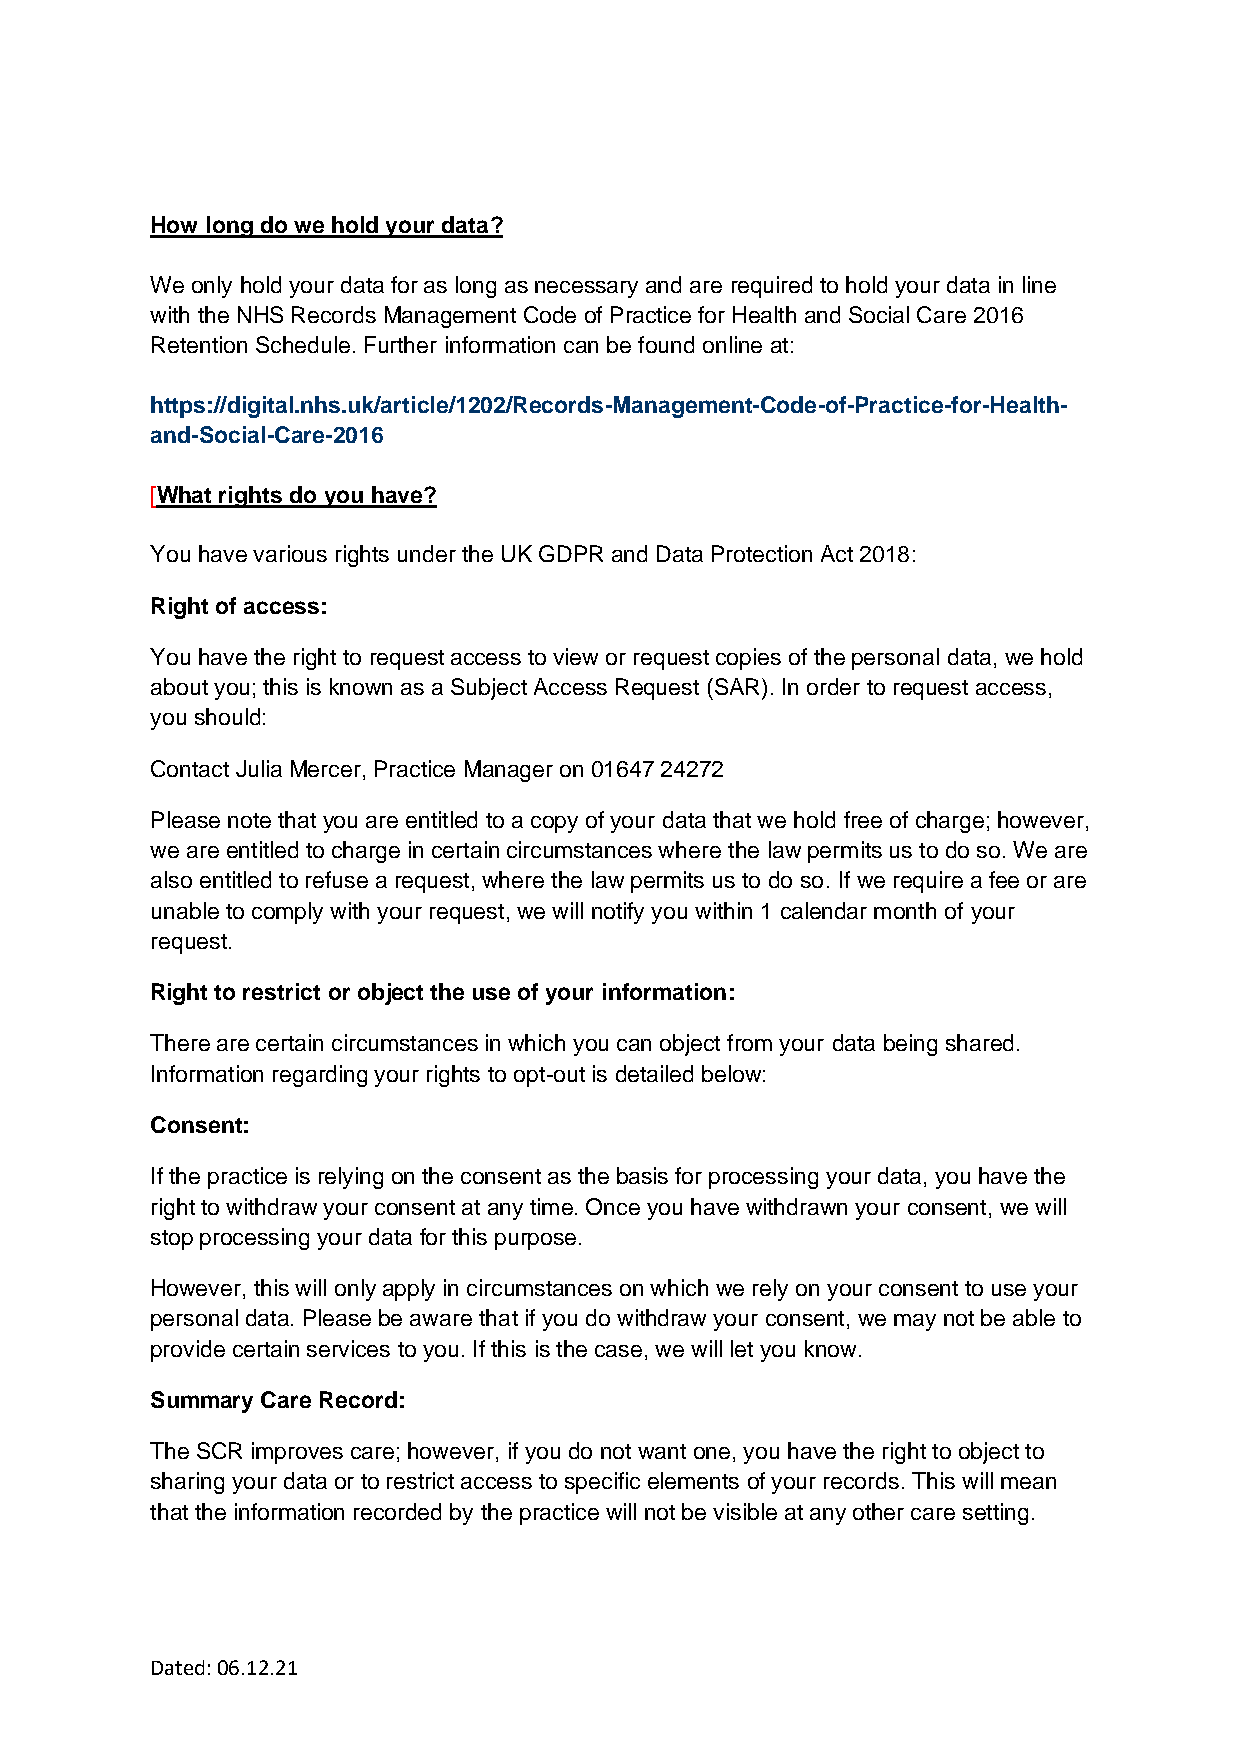
How long do we hold your data?
 We only hold your data for as long as necessary and are required to hold your data in line
 with the NHS Records Management Code of Practice for Health and Social Care 2016
 Retention Schedule. Further information can be found online at:
 https://digital.nhs.uk/article/1202/Records-Management-Code-of-Practice-for-Health-
 and-Social-Care-2016
 [What rights do you have?
 You have various rights under the UK GDPR and Data Protection Act 2018:
 Right of access:
 You have the right to request access to view or request copies of the personal data, we hold
 about you; this is known as a Subject Access Request (SAR). In order to request access,
 you should:
 Contact Julia Mercer, Practice Manager on 01647 24272
 Please note that you are entitled to a copy of your data that we hold free of charge; however,
 we are entitled to charge in certain circumstances where the law permits us to do so. We are
 also entitled to refuse a request, where the law permits us to do so. If we require a fee or are
 unable to comply with your request, we will notify you within 1 calendar month of your
 request.
 Right to restrict or object the use of your information:
 There are certain circumstances in which you can object from your data being shared.
 Information regarding your rights to opt-out is detailed below:
 Consent:
 If the practice is relying on the consent as the basis for processing your data, you have the
 right to withdraw your consent at any time. Once you have withdrawn your consent, we will
 stop processing your data for this purpose.
 However, this will only apply in circumstances on which we rely on your consent to use your
 personal data. Please be aware that if you do withdraw your consent, we may not be able to
 provide certain services to you. If this is the case, we will let you know.
 Summary Care Record:
 The SCR improves care; however, if you do not want one, you have the right to object to
 sharing your data or to restrict access to specific elements of your records. This will mean
 that the information recorded by the practice will not be visible at any other care setting.
 Dated: 06.12.21